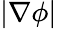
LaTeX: |\nabla\phi|